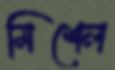
মিশেল